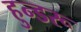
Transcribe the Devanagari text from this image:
हुन्डरू